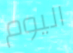
اليوم